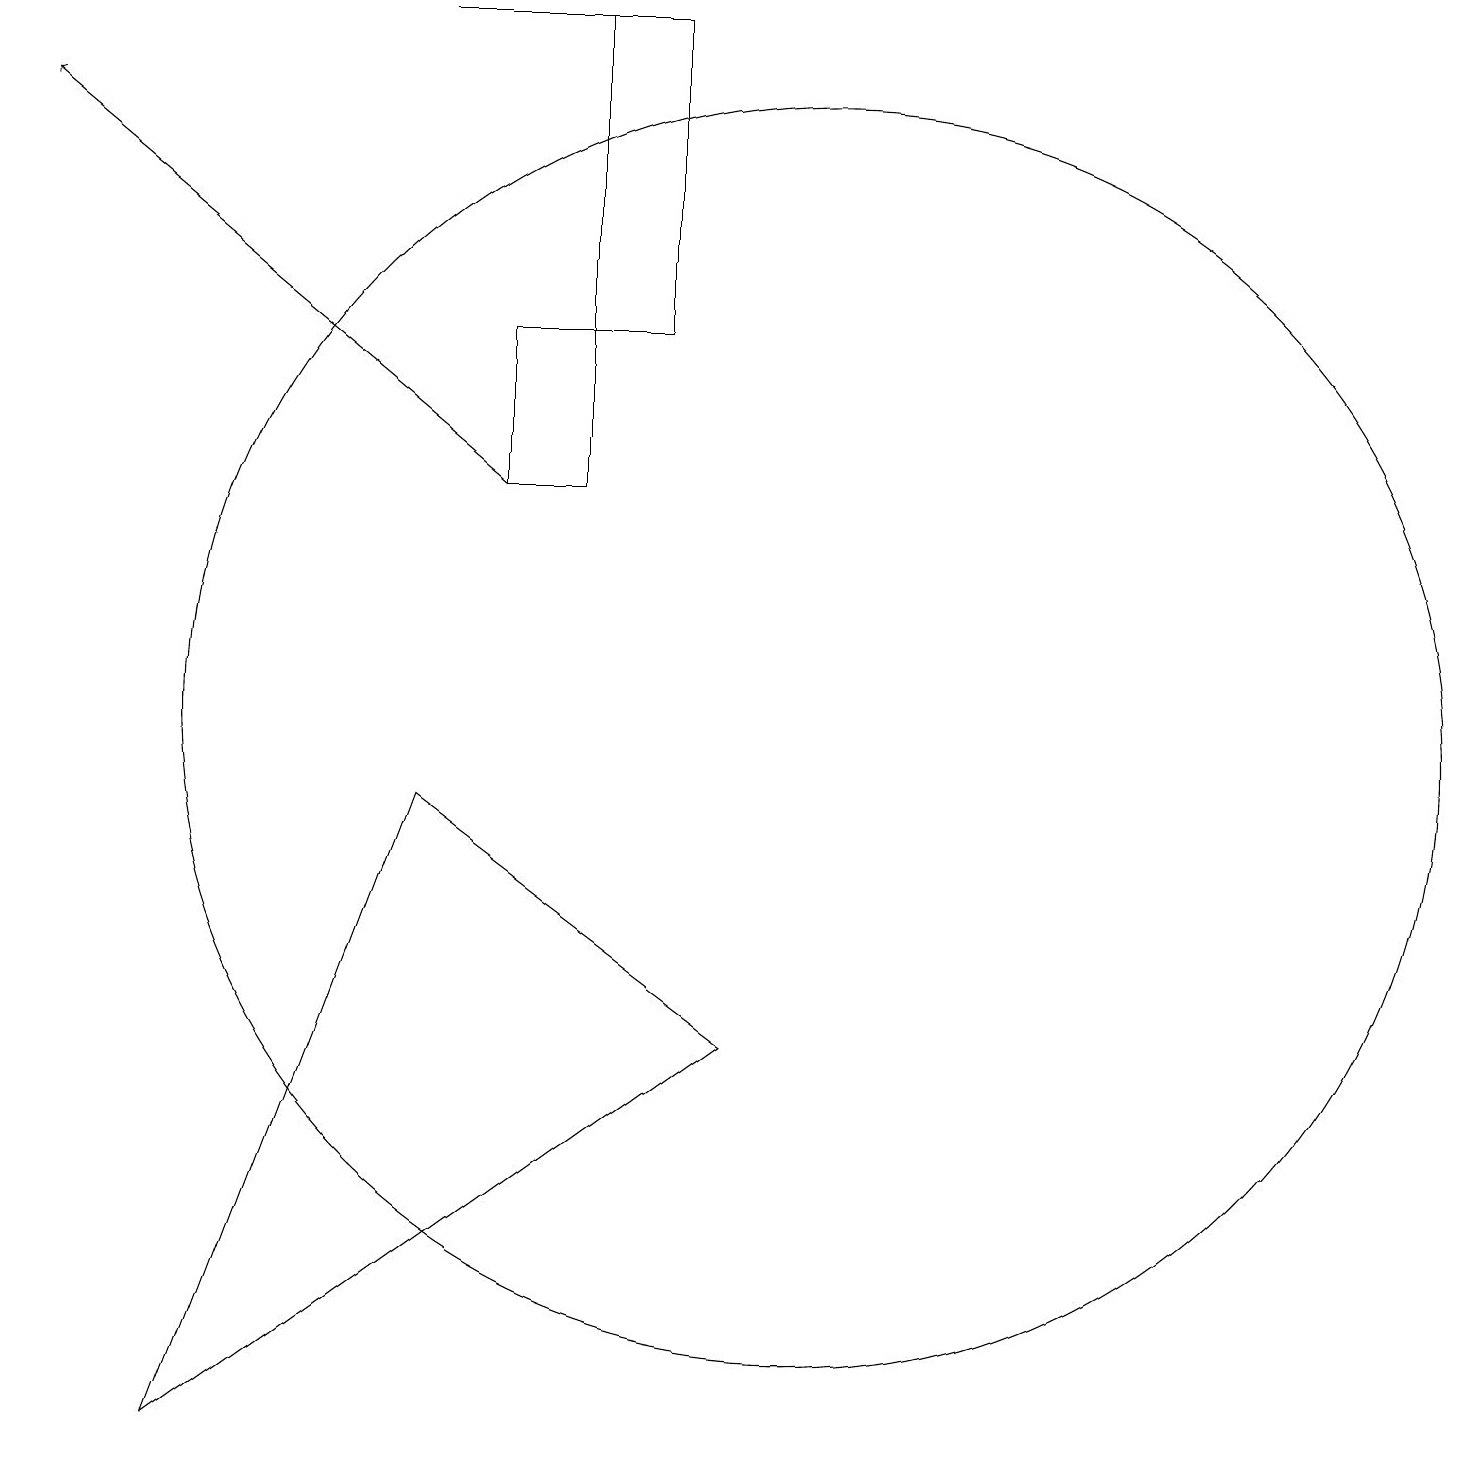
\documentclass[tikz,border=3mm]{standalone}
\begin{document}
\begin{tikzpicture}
\draw (10,10) circle (8);
\draw[->] (6,13) -- (0,18);
\draw (5,19) rectangle (8,19);
\draw (7,15) rectangle (8,19);
\draw (2,1) -- (5,9) -- (9,6) -- cycle;
\draw (6,15) rectangle (7,13);
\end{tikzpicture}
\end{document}